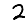
Digit: 2